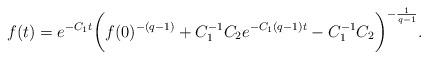
LaTeX: \begin{align*}f(t)= e^{-C_1 t}\bigg( f(0)^{-(q-1)} + C_1^{-1} C_2 e^{-C_1(q-1)t}- C_1^{-1} C_2 \bigg)^{-\frac{1}{q-1}}.\end{align*}